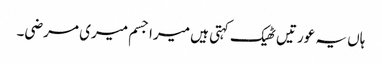
ہاں یہ عورتیں ٹھیک کہتی ہیں میرا جسم میری مرضی۔